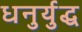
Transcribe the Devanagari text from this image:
धनुर्युद्ध